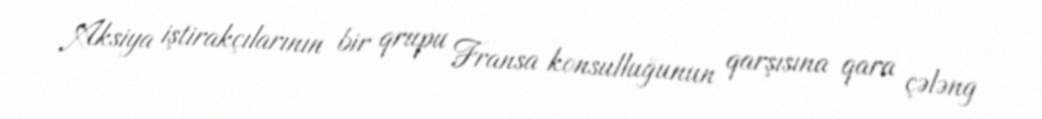
Aksiya iştirakçılarının bir qrupu Fransa konsulluğunun qarşısına qara çələng